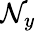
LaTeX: \mathcal{N}_{y}